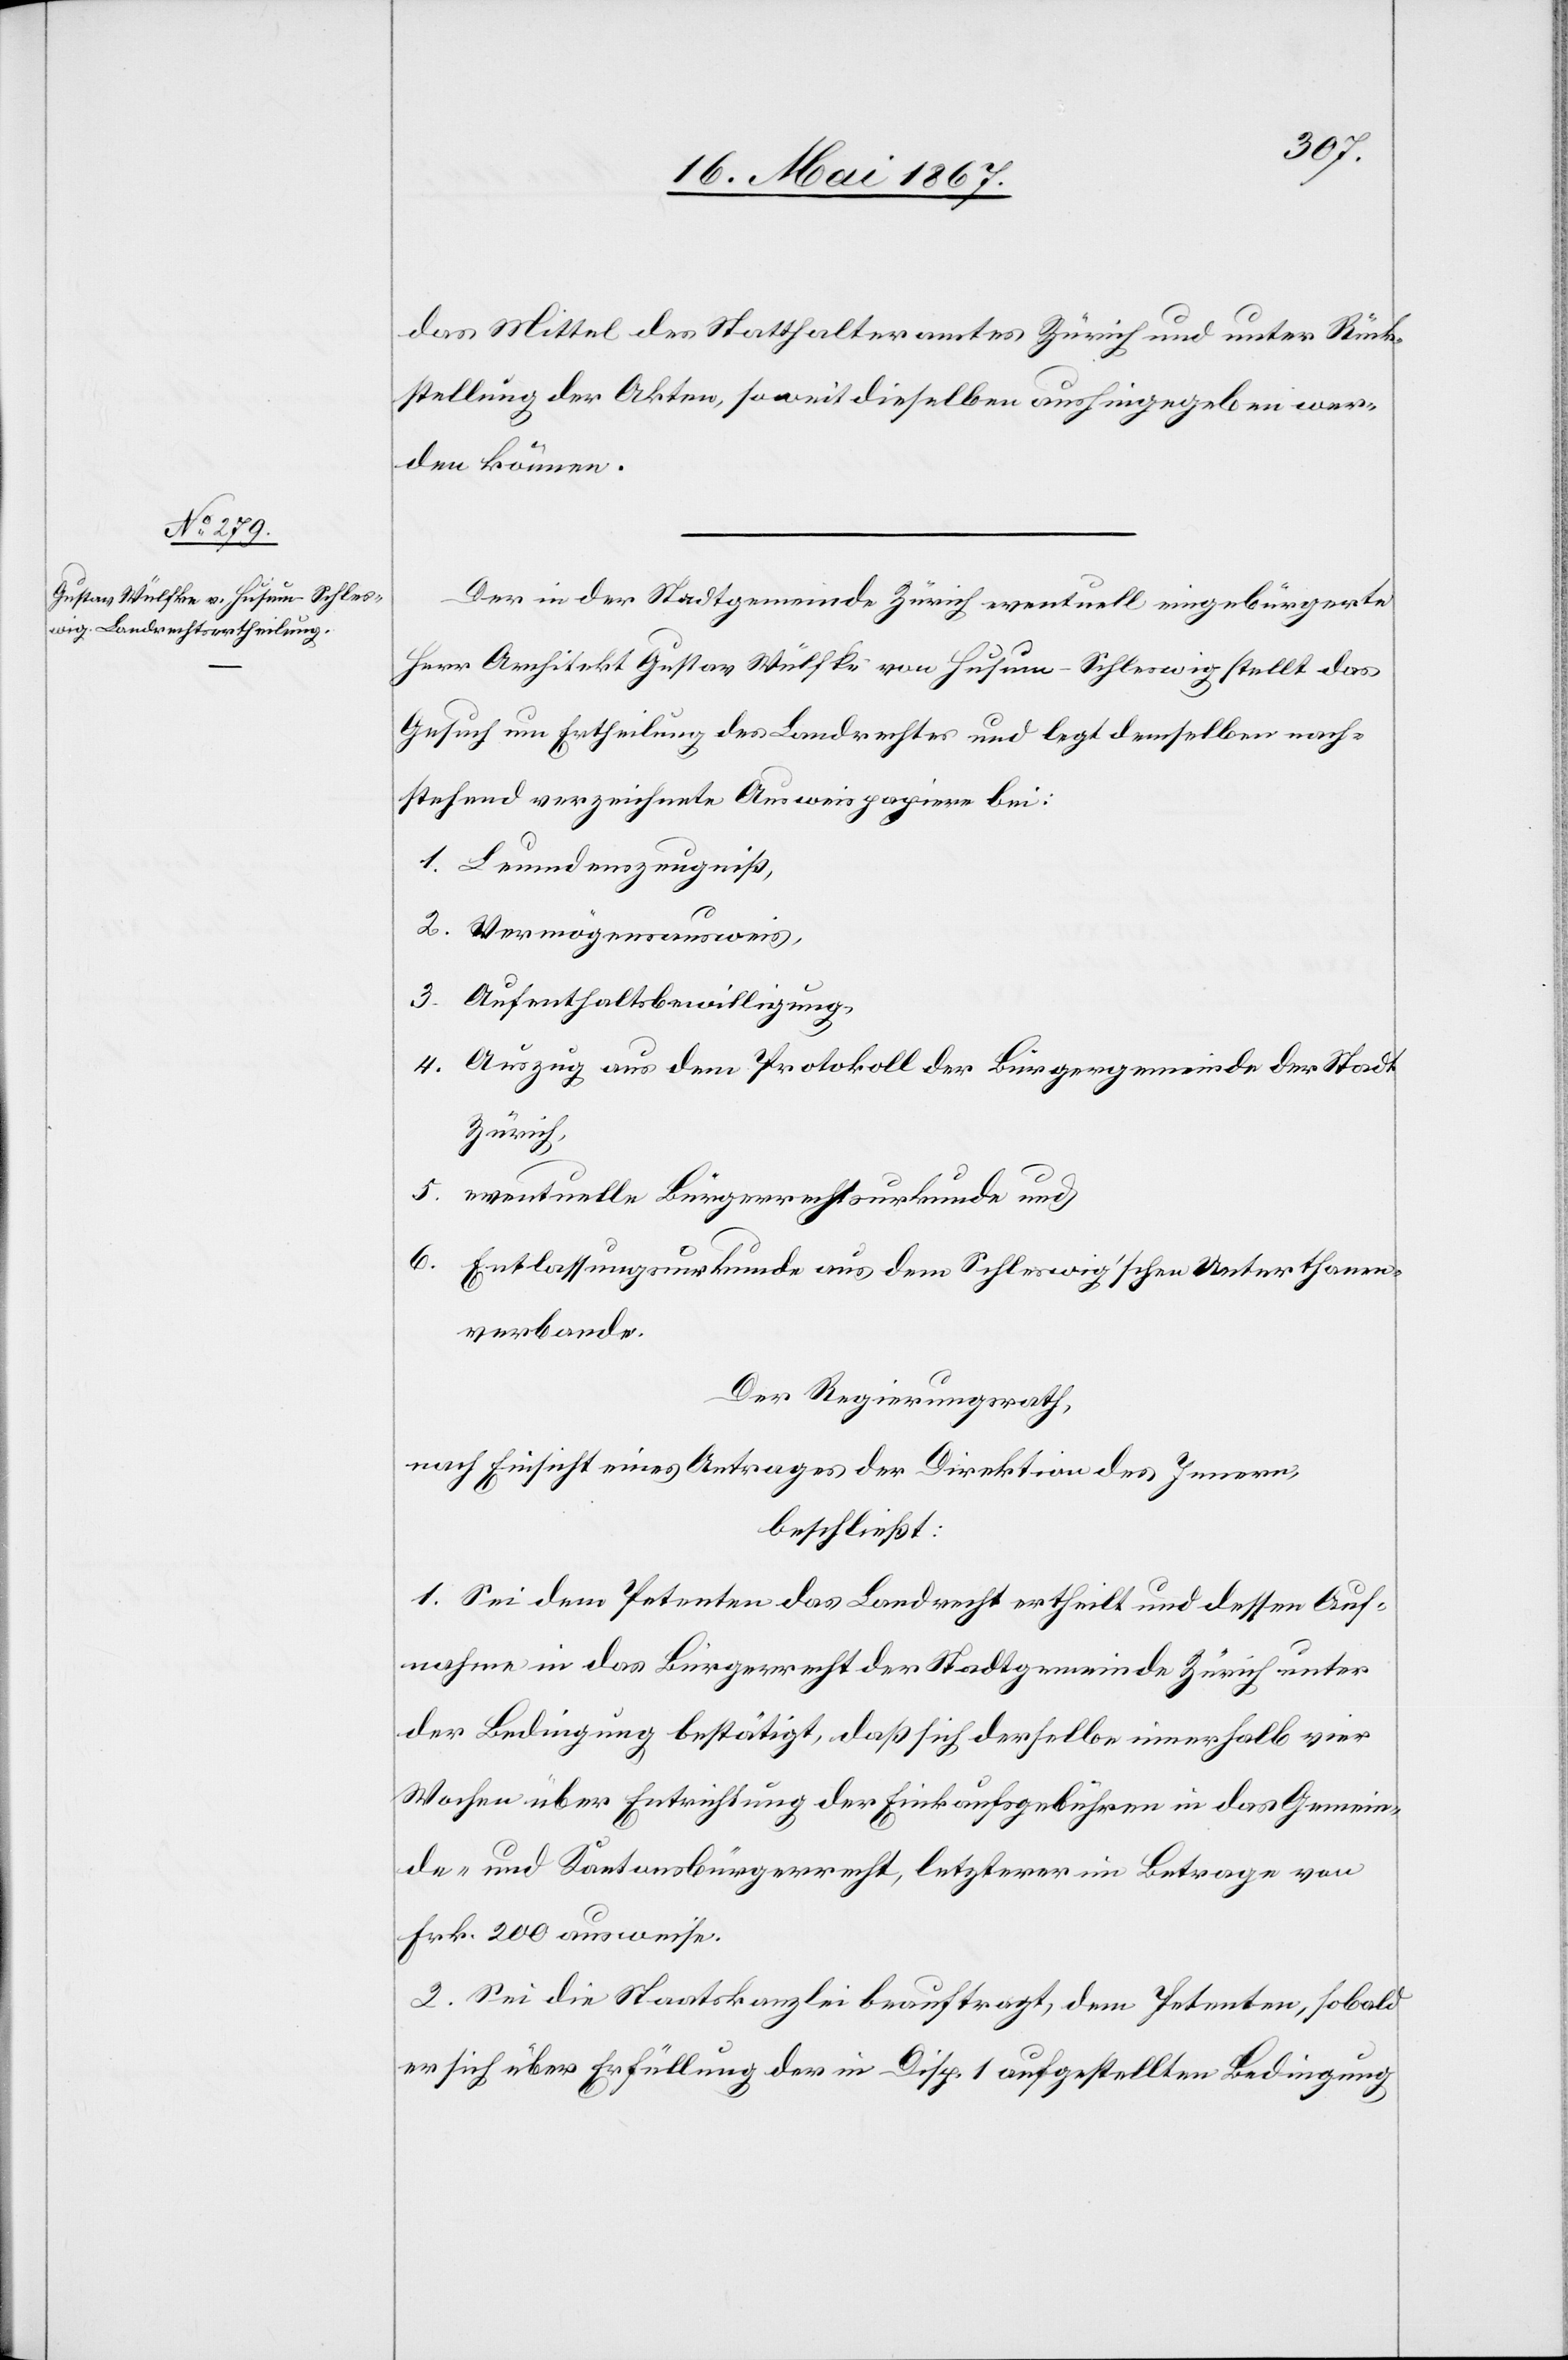
das Mittel des Statthalteramtes Zürich und unter Rück¬
stellung der Akten, soweit dieselben aushingegeben wer¬
den können.
Der in der Stadtgemeinde Zürich eventuell eingebürgerte
Herr Architekt Gustav Wülfke von Husum-Schleswig stellt das
Gesuch um Ertheilung des Landrechtes und legt demselben nach¬
stehend verzeichnete Ausweispapiere bei:
Leumdenszeugniß,
Vermögensausweis,
Aufenthaltsbewilligung,
Auszug aus dem Protokoll der Bürgergemeinde der Stadt
Zürich,
eventuelle Bürgerrechtsurkunde und
Entlassungsurkunde aus dem Schleswig’schen Unterthanen¬
verbande.
Der Regierungsrath,
nach Einsicht eines Antrages der Direktion des Innern,
beschließt:
1. Sei dem Petenten das Landrecht ertheilt und dessen Auf¬
nahme in das Bürgerrecht der Stadtgemeinde Zürich unter
der Bedingung bestätigt, daß sich derselbe innerhalb vier
Wochen über Entrichtung der Einkaufsgebühren in das Gemein¬
de- und Kantonsbürgerrecht, letzterer im Betrage von
Frk. 200 ausweise.
2. Sei die Staatskanzlei beauftragt, dem Petenten, sobald
er sich über Erfüllung der in Disp. 1 aufgestellten Bedingung